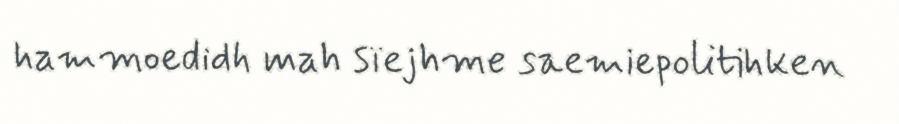
hammoedidh mah sïejhme saemiepolitihken